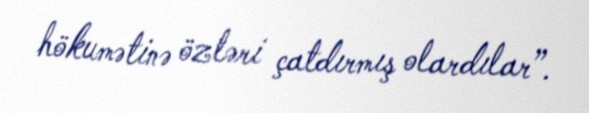
hökumətinə özləri çatdırmış olardılar”.